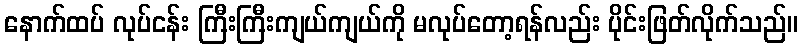
နောက်ထပ် လုပ်ငန်း ကြီးကြီးကျယ်ကျယ်ကို မလုပ်တော့ရန်လည်း ပိုင်းဖြတ်လိုက်သည်။